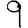
Digit: 9